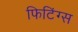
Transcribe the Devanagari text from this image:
फिटिंग्स